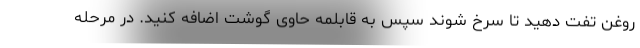
روغن تفت دهید تا سرخ شوند سپس به قابلمه حاوی گوشت اضافه کنید. در مرحله